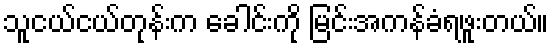
သူငယ်ငယ်တုန်းက ခေါင်းကို မြင်းအကန်ခံရဖူးတယ်။